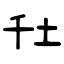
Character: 圱